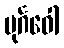
ပုင်္ဂဝေါ